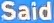
Said